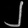
Digit: ၂